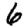
Digit: 6